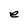
Character: e